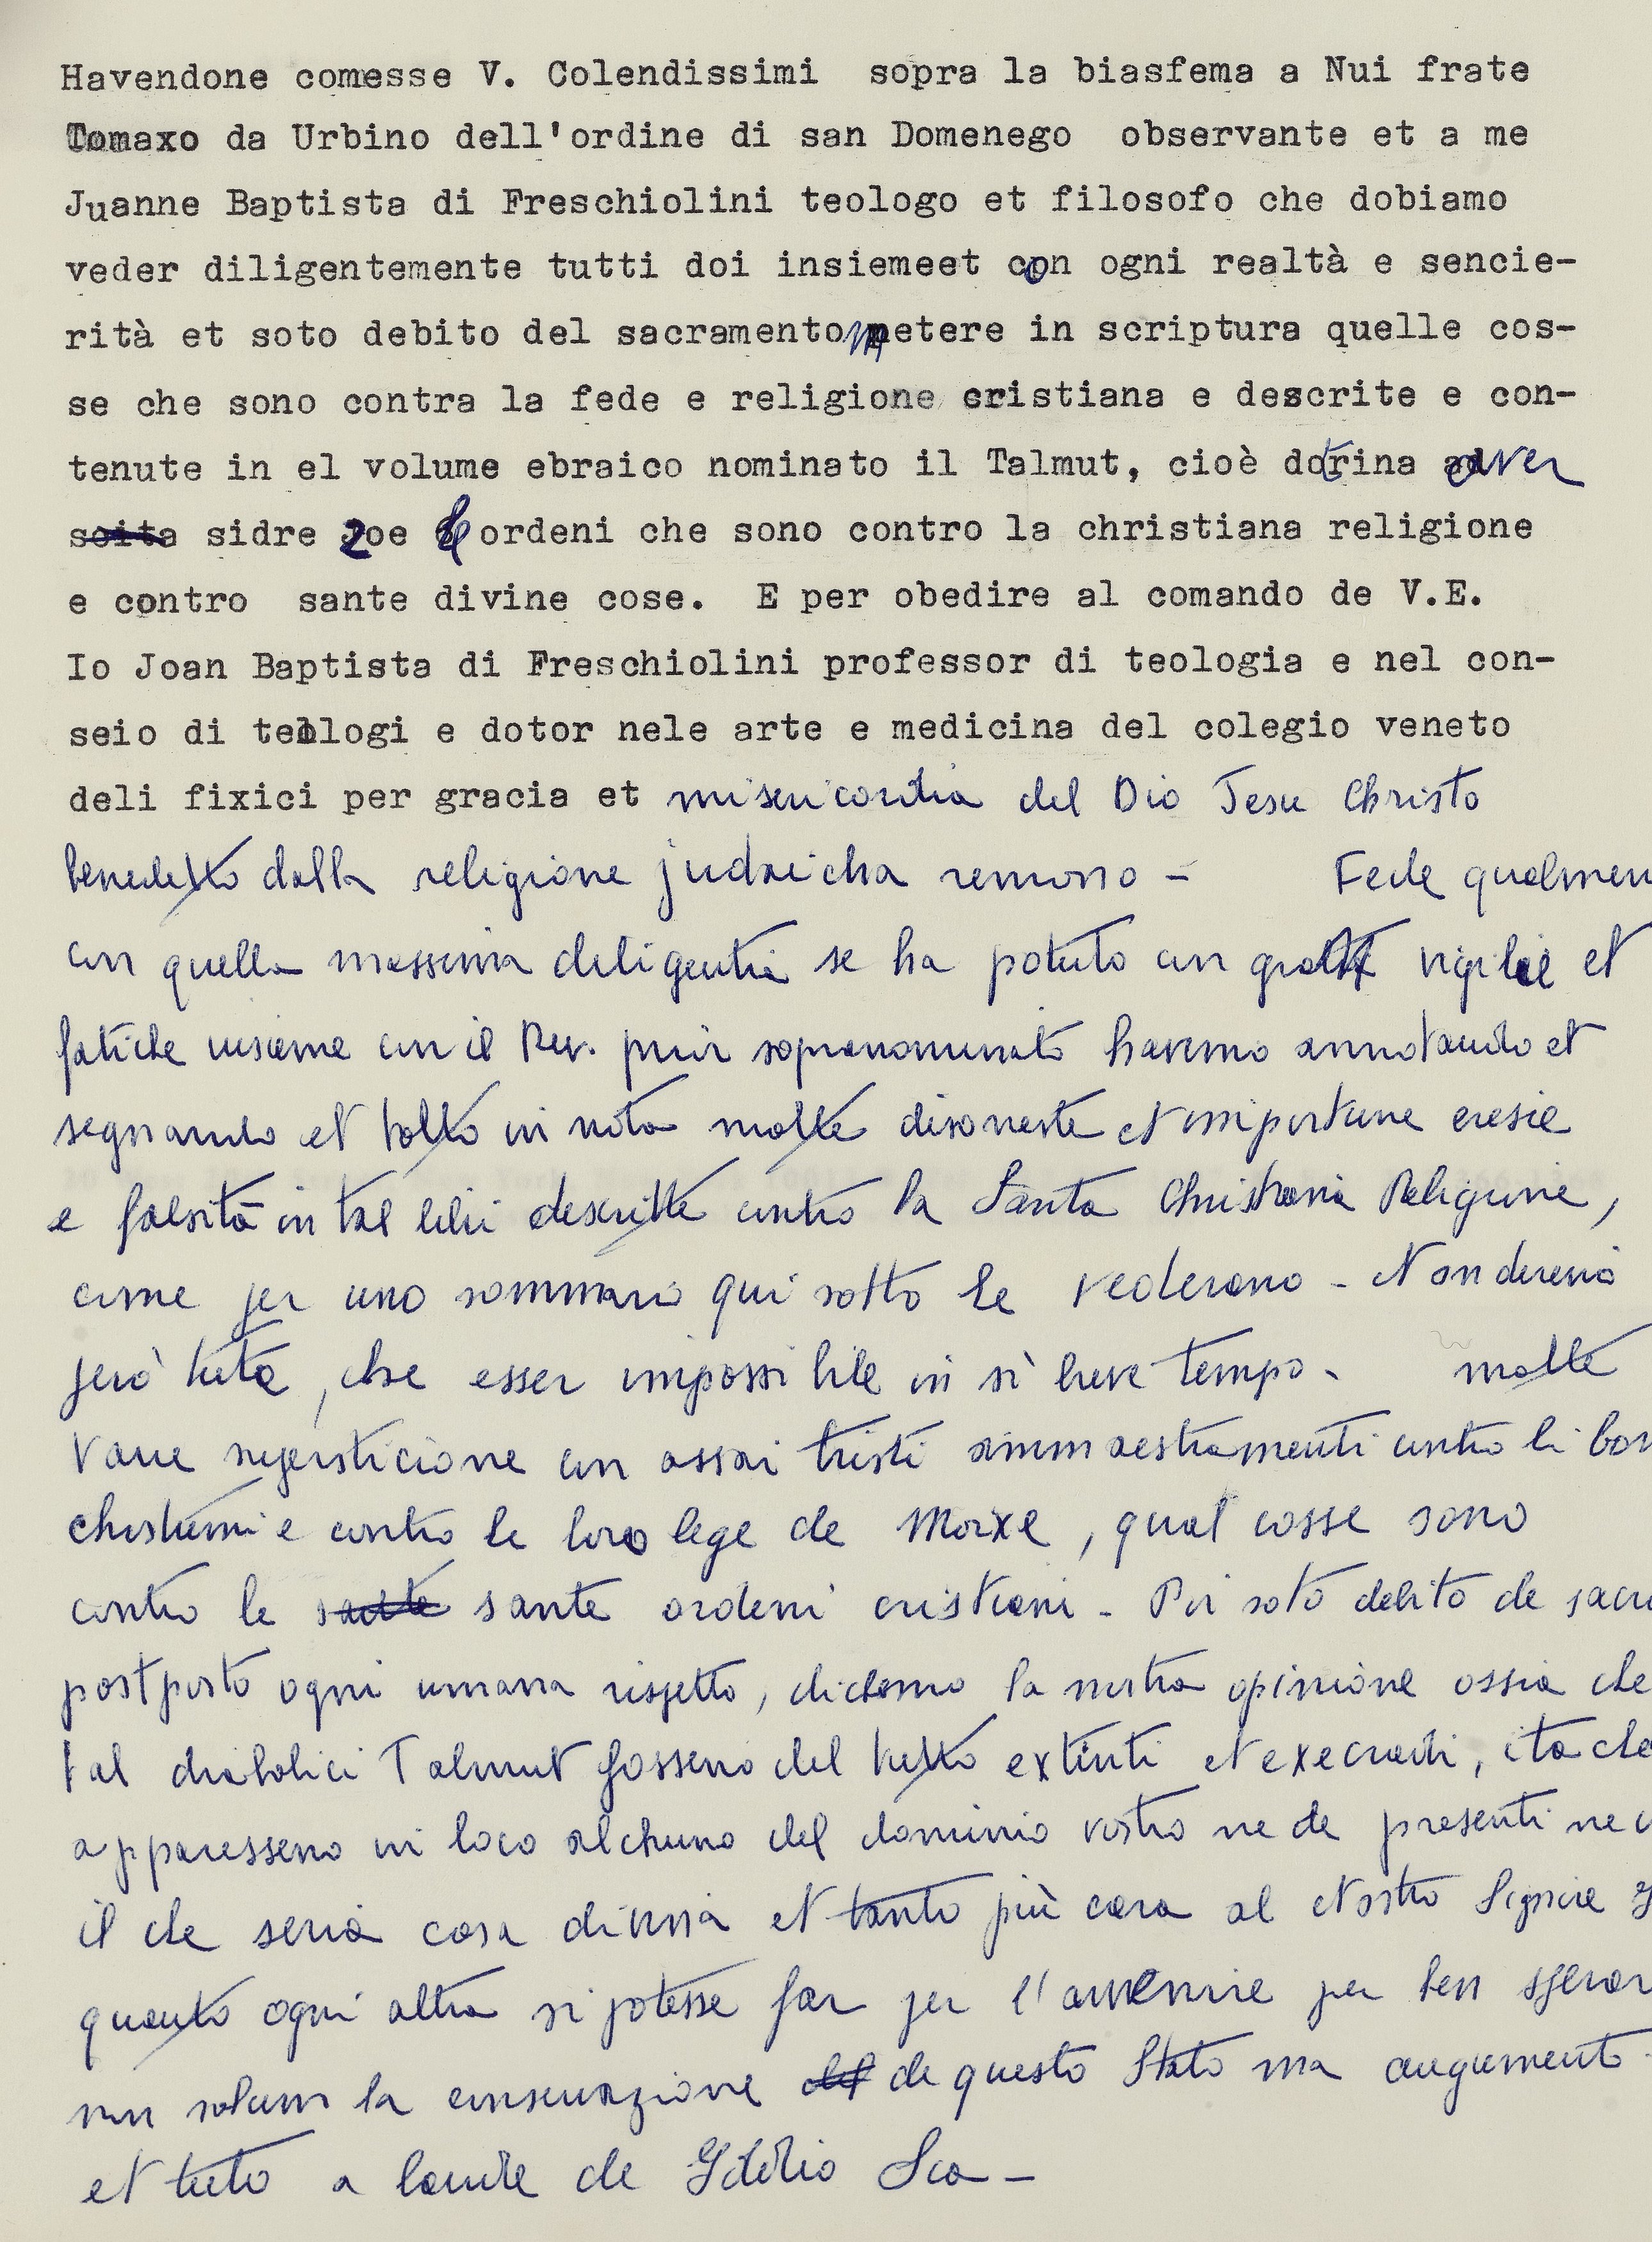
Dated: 1553–1555